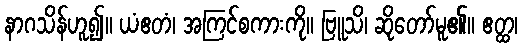
နာဂသိန်ဟူ၍။ ယံဧတံ၊ အကြင်စကားကို။ ဗြူသိ၊ ဆိုတော်မူ၏။ ဧတ္ထ၊